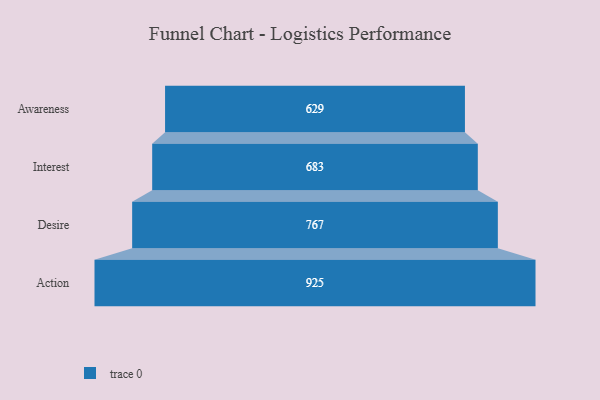
{"axis": {"x": "Stage", "y": "Value"}, "legend": [""], "data": [{"x": "Awareness", "y": 629.0, "type": ""}, {"x": "Interest", "y": 683.0, "type": ""}, {"x": "Desire", "y": 767.0, "type": ""}, {"x": "Action", "y": 925.0, "type": ""}]}